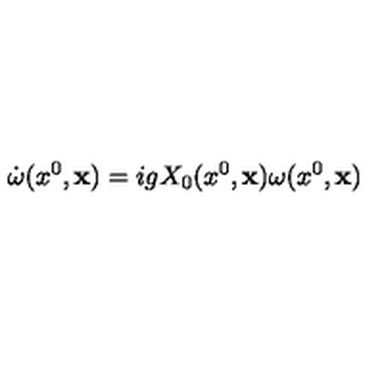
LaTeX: \dot { \omega } ( x ^ { 0 } , { \bf x } ) = i g X _ { 0 } ( x ^ { 0 } , { \bf x } ) \omega ( x ^ { 0 } , { \bf x } )